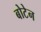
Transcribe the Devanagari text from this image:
बोटेन